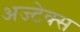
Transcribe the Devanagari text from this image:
अज्टेक्स